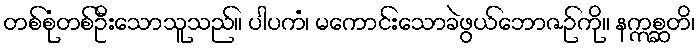
တစ်စုံတစ်ဦးသောသူသည်။ ပါပကံ၊ မကောင်းသောခဲဖွယ်ဘောဇဉ်ကို။ နဣစ္ဆတိ၊